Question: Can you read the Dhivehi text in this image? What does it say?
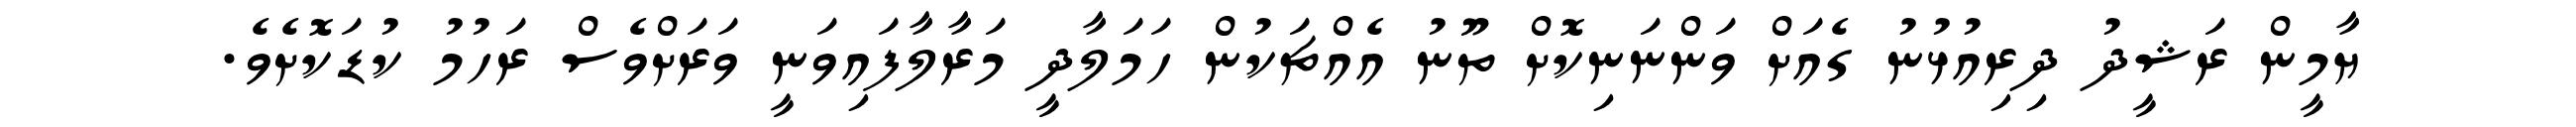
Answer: ޔާމީން ރަޝީދު ދިރިއުޅުނު ގެއަށް ވަންނަނިކޮށް ތޫނު އެއްޗަކުން ހަމަލާދީ މަރާލާފައިވަނީ ވަރަށްވެސް ރަހުމު ކުޑަކޮށެވެ.